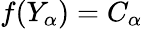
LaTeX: f(Y_{\alpha})=C_{\alpha}